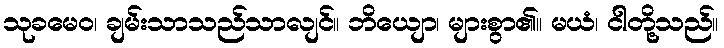
သုခမေဝ၊ ချမ်းသာသည်သာလျင်။ ဘိယျော၊ များစွာ၏။ မယံ၊ ငါတို့သည်။